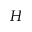
H